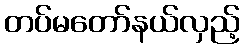
တပ်မတော်နယ်လှည့်